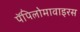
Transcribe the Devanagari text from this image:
पॅपिलोमावाइरस